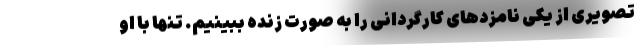
تصویری از یکی نامزدهای کارگردانی را به صورت زنده ببینیم. تنها با او